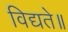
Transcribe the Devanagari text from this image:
विद्यते॥